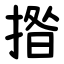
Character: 揝